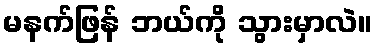
မနက်ဖြန် ဘယ်ကို သွားမှာလဲ။